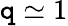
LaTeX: \mathtt{q}\simeq1